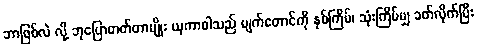
ဘာဖြစ်လဲ လို့ ဘုပြောတတ်တာမျိုး ယုကာဝါသည် မျက်တောင်ကို နှစ်ကြိမ်၊ သုံးကြိမ်မျှ ခတ်လိုက်ပြီး